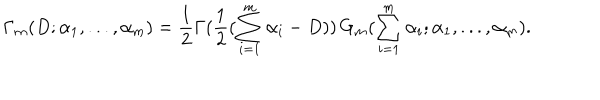
LaTeX: \Gamma _ { m } ( D ; \alpha _ { 1 } , . . . , \alpha _ { m } ) = \frac { 1 } { 2 } \Gamma ( \frac { 1 } { 2 } ( \sum _ { i = 1 } ^ { m } \alpha _ { i } - D ) ) \, G _ { m } ( \sum _ { i = 1 } ^ { m } \alpha _ { i } ; \alpha _ { 1 } , . . . , \alpha _ { m } ) .